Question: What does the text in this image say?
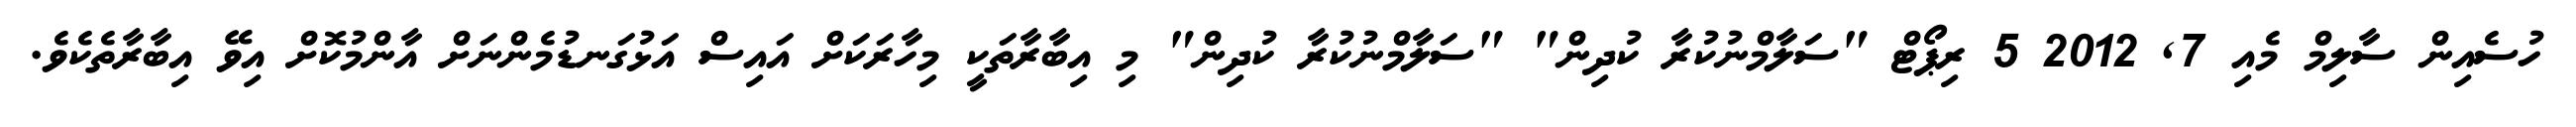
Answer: ހުސެއިން ސާލިމް މެއި 7, 2012 5 ރިޕޯޓް "ސަލާމްނުކުރާ ކުދިން" "ސަލާމްނުކުރާ ކުދިން" މި އިބާރާތަކީ މިހާރަކަށް އައިސް އަޅުގަނޑުމެންނަށް އާންމުކޮށް އިވޭ އިބާރާތެކެވެ.